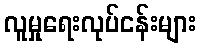
လူမှုရေးလုပ်ငန်းများ